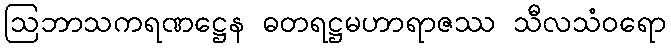
ဩဘာသကရဏဋ္ဌေန ဓတရဋ္ဌမဟာရာဇဿ သီလသံဝရော